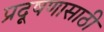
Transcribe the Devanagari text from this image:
प्रदूषणासाठी